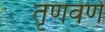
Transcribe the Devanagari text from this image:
तृणवर्ण